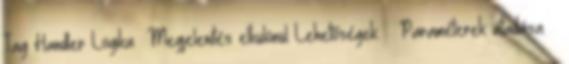
Tag Handler Logika Megjelenítés elkülönül Lehetőségek:  Paraméterek átadása 